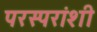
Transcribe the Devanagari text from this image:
परस्‍परांशी